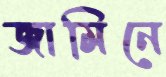
জামিনে